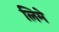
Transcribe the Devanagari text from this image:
लिमे